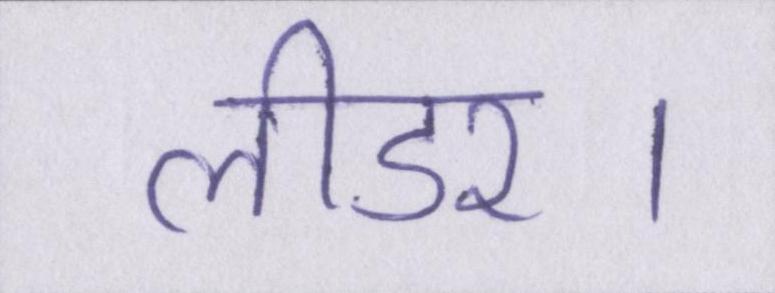
लीडर।